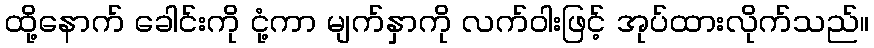
ထို့နောက် ခေါင်းကို ငုံ့ကာ မျက်နှာကို လက်ဝါးဖြင့် အုပ်ထားလိုက်သည်။